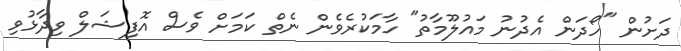
ދަށުން "ހޯދަން އެދުނު މައުލޫމާތު" ހާމަކުރެވެން ނެތް ކަމަށް ވެސް އޮފިޝަލް ވިދާޅުވި